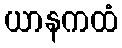
ယာနကထံ